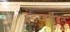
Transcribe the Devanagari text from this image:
इंटरवर्टीब्रल